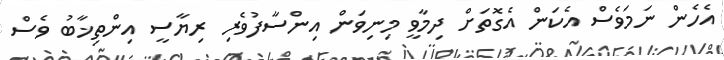
އެހެން ނަމަވެސް އެކަން އެގޮތަށް ދިމާވީ މިނިވަން އިންސާފުވެރި ރިޔާސީ އިންތިޚާބު ވެސް